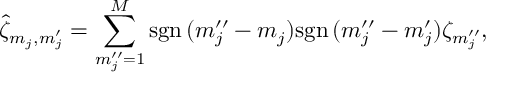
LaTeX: \hat { \zeta } _ { m _ { j } , m _ { j } ^ { \prime } } = \sum _ { m _ { j } ^ { \prime \prime } = 1 } ^ { M } \mathrm { s g n } \, ( m _ { j } ^ { \prime \prime } - m _ { j } ) \mathrm { s g n } \, ( m _ { j } ^ { \prime \prime } - m _ { j } ^ { \prime } ) \zeta _ { m _ { j } ^ { \prime \prime } } ,